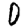
Digit: 0